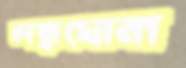
লম্বাঘোনা